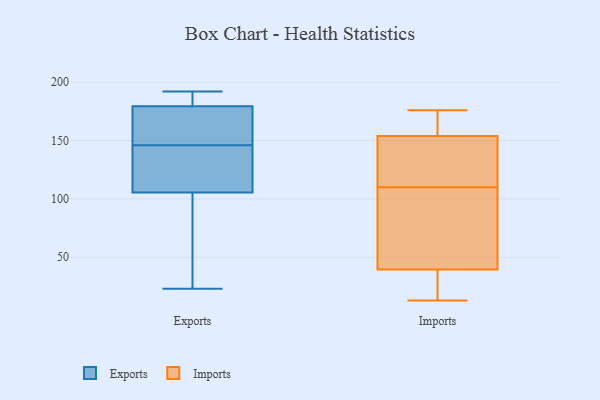
{"axis": {"x": "Temperature (°C)", "y": "Value"}, "legend": ["Exports", "Imports"], "data": [{"x": "", "y": 125, "type": "Exports"}, {"x": "", "y": 192, "type": "Exports"}, {"x": "", "y": 188, "type": "Exports"}, {"x": "", "y": 168, "type": "Exports"}, {"x": "", "y": 86, "type": "Exports"}, {"x": "", "y": 136, "type": "Exports"}, {"x": "", "y": 33, "type": "Exports"}, {"x": "", "y": 141, "type": "Exports"}, {"x": "", "y": 180, "type": "Exports"}, {"x": "", "y": 151, "type": "Exports"}, {"x": "", "y": 23, "type": "Exports"}, {"x": "", "y": 179, "type": "Exports"}, {"x": "", "y": 34, "type": "Imports"}, {"x": "", "y": 110, "type": "Imports"}, {"x": "", "y": 154, "type": "Imports"}, {"x": "", "y": 81, "type": "Imports"}, {"x": "", "y": 176, "type": "Imports"}, {"x": "", "y": 40, "type": "Imports"}, {"x": "", "y": 13, "type": "Imports"}, {"x": "", "y": 59, "type": "Imports"}, {"x": "", "y": 13, "type": "Imports"}, {"x": "", "y": 154, "type": "Imports"}, {"x": "", "y": 145, "type": "Imports"}, {"x": "", "y": 122, "type": "Imports"}, {"x": "", "y": 167, "type": "Imports"}, {"x": "", "y": 38, "type": "Imports"}, {"x": "", "y": 124, "type": "Imports"}, {"x": "", "y": 45, "type": "Imports"}, {"x": "", "y": 159, "type": "Imports"}]}